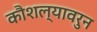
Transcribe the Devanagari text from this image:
कौशल्यावरुन